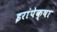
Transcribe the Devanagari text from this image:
इरांपेक्षा